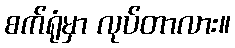
စက်ရုံမှာ လုပ်တာလား။